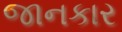
જાનકાર